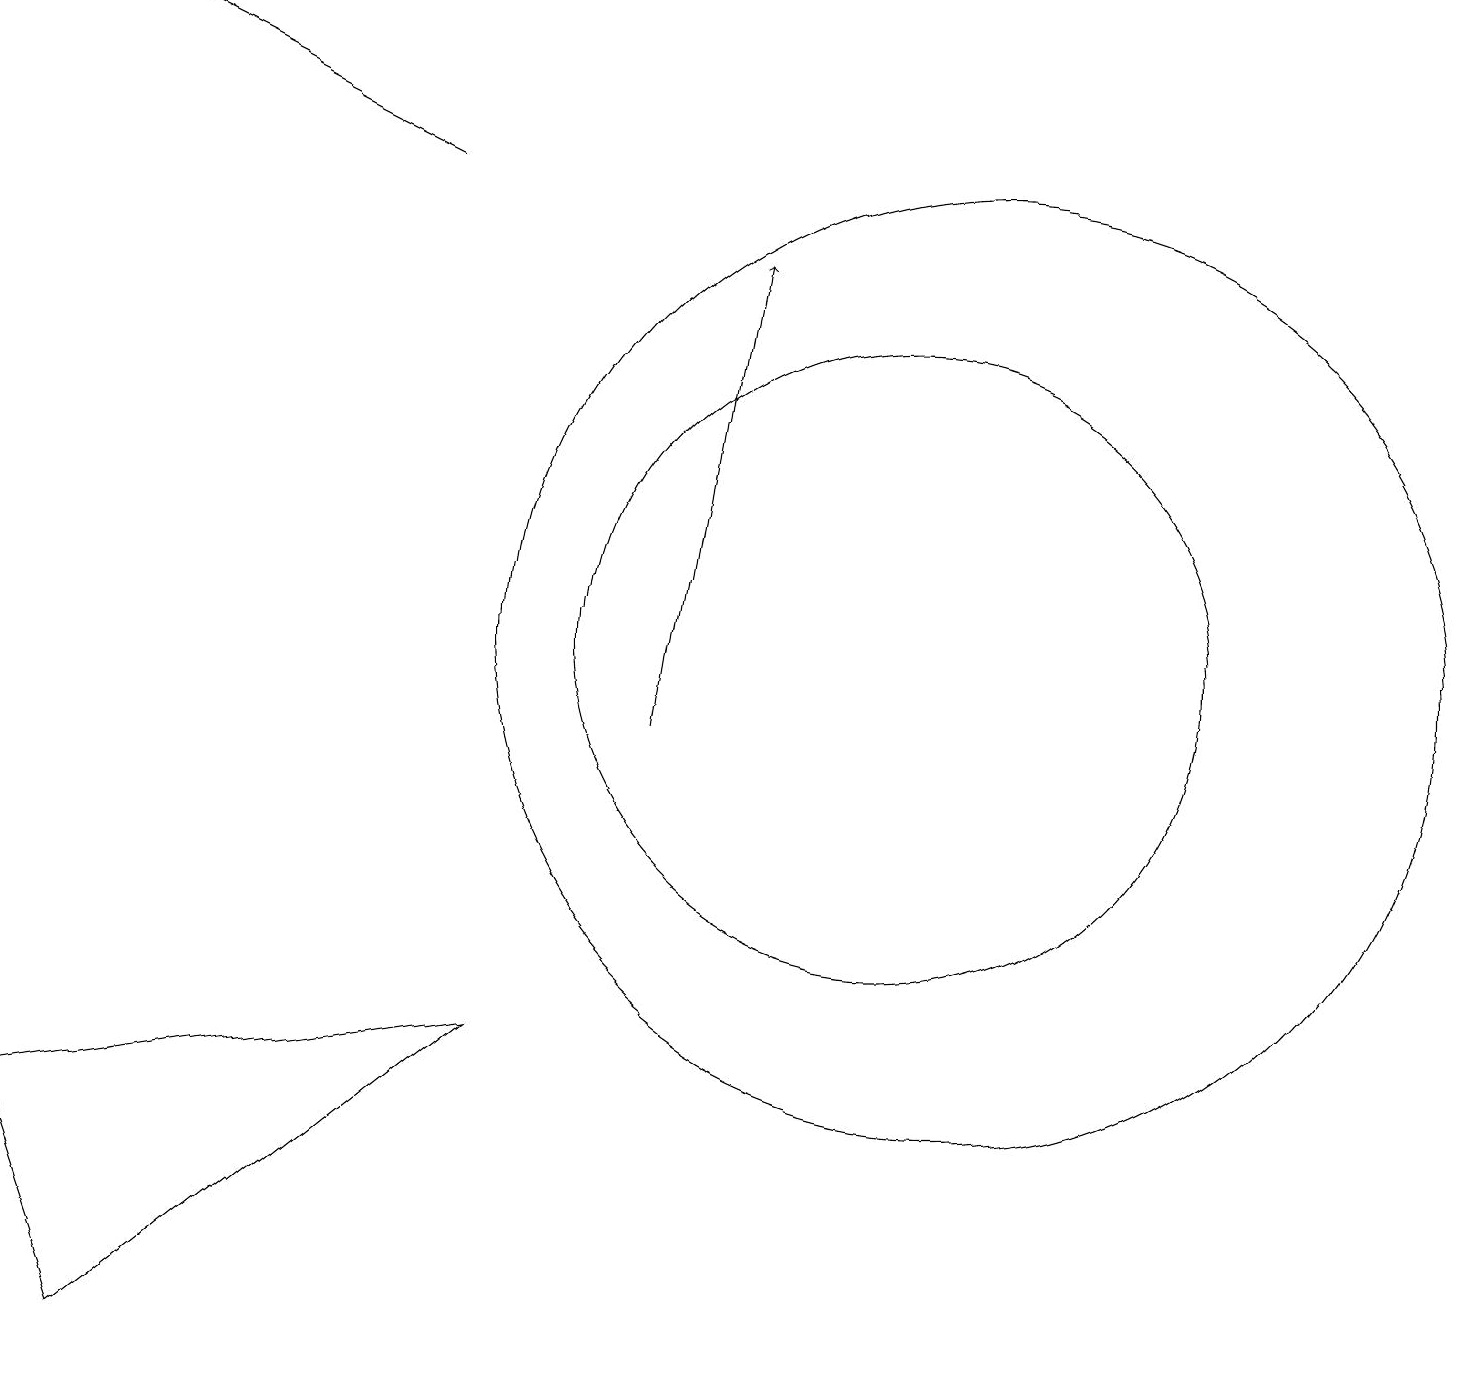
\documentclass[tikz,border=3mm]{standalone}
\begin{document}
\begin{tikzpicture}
\draw (0,5) -- (1,2) -- (6,6) -- cycle;
\draw (11,11) circle (4);
\draw[->] (5,17) -- (1,19);
\draw (12,11) circle (6);
\draw[->] (8,10) -- (9,16);
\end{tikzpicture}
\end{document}